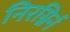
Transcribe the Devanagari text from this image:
निरग्निर्न